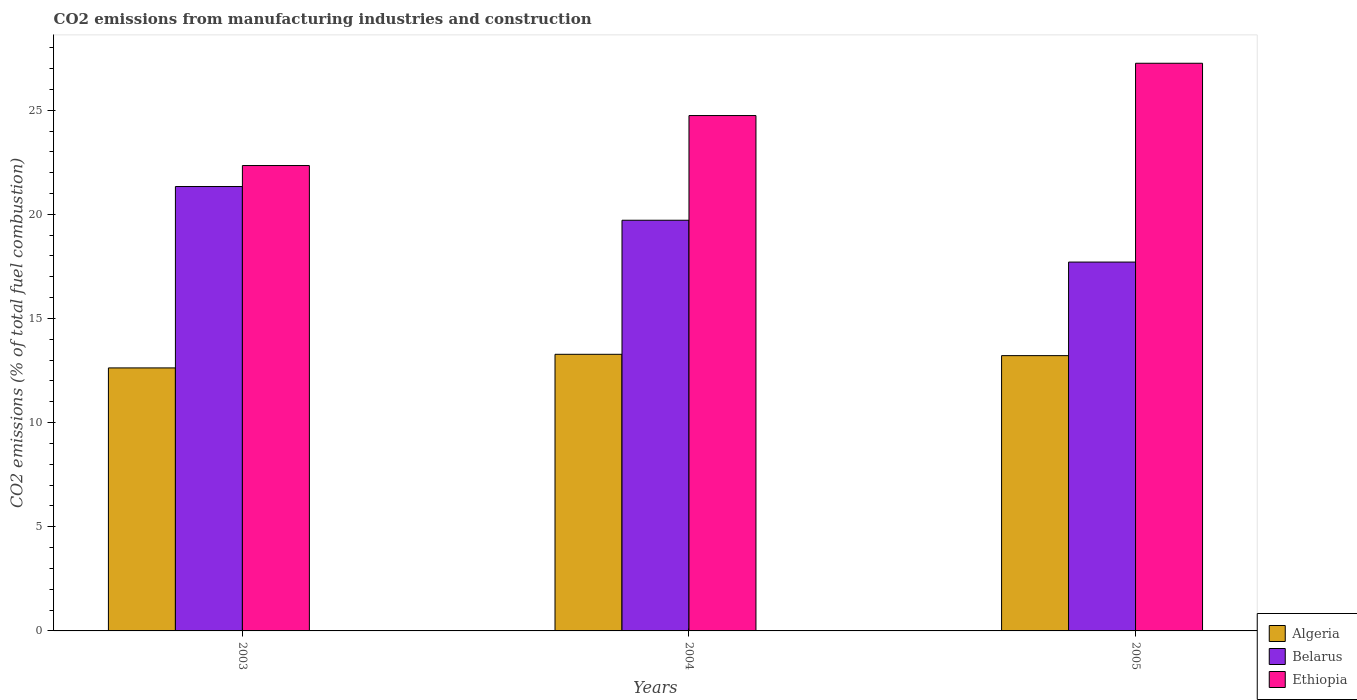
| Years | Algeria | Belarus | Ethiopia |
 | --- | --- | --- | --- |
 | 2003 | 12.6 | 21.3 | 22.3 |
 | 2004 | 13.3 | 19.7 | 24.7 |
 | 2005 | 13.2 | 17.7 | 27.3 |